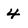
Character: 4